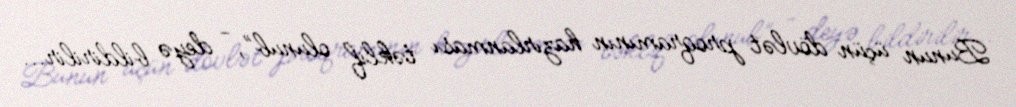
Bunun üçün dövlət proqramının hazırlanması təklif olunub”, - deyə bildirilir...